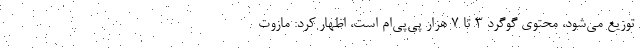
توزیع می‌شود، محتوی گوگرد ۳ تا ۷ هزار پی‌پی‌ام است، اظهار کرد: مازوت